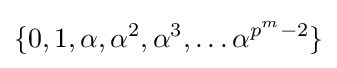
\{0,1,\alpha ,\alpha ^{2},\alpha ^{3},\ldots \alpha ^{p^{m}-2}\}